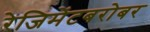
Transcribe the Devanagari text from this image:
रेजिमेंटबरोबर